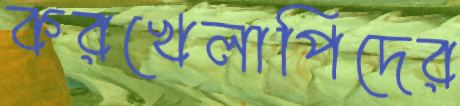
করখেলাপিদের